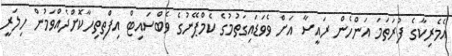
އެމެރިކާގެ ފުރަތަމަ އަންހެން ރައީސާ އަށް ވެވަޑައިގަތުމުގެ ކެމްޕޭނުގެ ވެބްސައިޓް އިފްތިތިހާކޮށްދެއްވަމުން ހިލަރީ